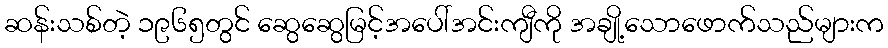
ဆန်းသစ်တဲ့ ၁၉၆၅တွင် ဆွေဆွေမြင့်အပေါ်အင်းကျီကို အချို့သောဖောက်သည်များက